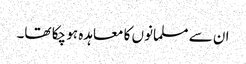
ان سے مسلمانوں کا معاہدہ ہو چکا تھا۔